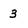
Character: 3